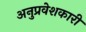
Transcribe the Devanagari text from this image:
अनुप्रवेशकारी